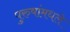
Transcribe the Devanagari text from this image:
पुरुषांमधले